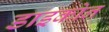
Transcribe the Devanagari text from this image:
डाइकोन